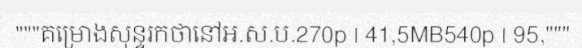
"""គម្រោងសុន្ទរកថានៅអ.ស.ប.270p | 41,5MB540p | 95,"""